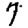
Digit: 7